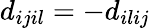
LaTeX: d_{ijil}=-d_{ilij}